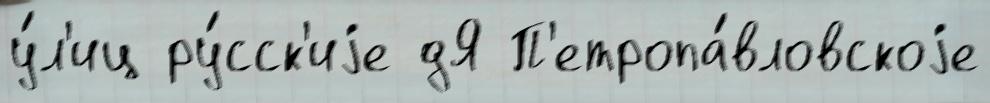
у́л'иц ру́сск'иjе дЯ П'етропа́вловскоjе